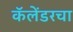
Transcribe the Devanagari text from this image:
कॅलेंडरचा